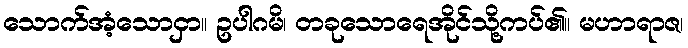
သောက်အံ့သောငှာ။ ဥပါဂမိ၊ တခုသောရေအိုင်သို့ကပ်၏။ မဟာရာဇ၊